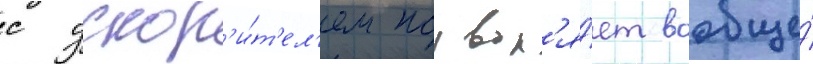
с ускор'и́т'ел'ем позвол'я́ет вообще́